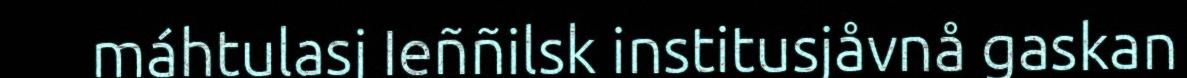
máhtulasj Ieññilsk institusjåvnå gaskan